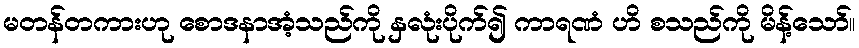
မတန်တကားဟု စောဒနာအံ့သည်ကို နှလုံးပိုက်၍ ကာရဏံ ဟိ စသည်ကို မိန့်သော်။